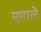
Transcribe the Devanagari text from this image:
सुमाले